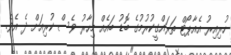
ހުރިއިރު އެއާޕޯޓް ތަރައްގީކުރުމުގެ ބޮޑު ބައެއް މިހާރު ވެސް ކުރިއަށް ދެ އެވެ.